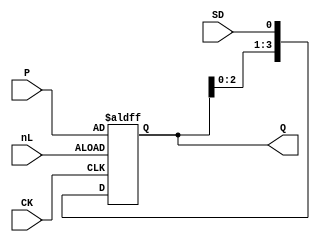
// NeoGeo logic definition
// Copyright (C) 2018 Sean Gonsalves
//
// This program is free software: you can redistribute it and/or modify
// it under the terms of the GNU General Public License as published by
// the Free Software Foundation, either version 3 of the License, or
// (at your option) any later version.
//
// This program is distributed in the hope that it will be useful,
// but WITHOUT ANY WARRANTY; without even the implied warranty of
// MERCHANTABILITY or FITNESS FOR A PARTICULAR PURPOSE.  See the
// GNU General Public License for more details.
//
// You should have received a copy of the GNU General Public License
// along with this program.  If not, see <https://www.gnu.org/licenses/>.

module FS3(
	input CK,
	input [3:0] P,
	input SD, nL,
	output reg [3:0] Q = 4'd0
);
	
	always @(posedge CK, negedge nL)
	begin
		if (!nL)
			Q <= #2 P;					// Load
		else
			Q <= #1 {Q[2:0], SD};	// Shift
	end

endmodule